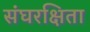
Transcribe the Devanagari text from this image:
संघरक्षिता